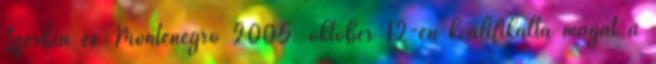
Szerbia és Montenegró 2005. október 12-én kvalifikálta magát a